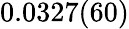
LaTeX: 0.0327(60)